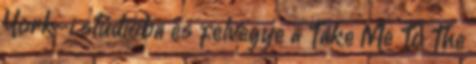
York-i stúdióba és felvegye a Take Me To The